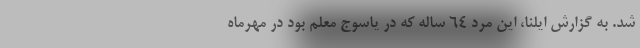
شد. به گزارش ایلنا، این مرد 64 ساله که در یاسوج معلم بود در مهرماه